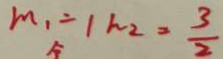
m _ { 1 } = 1 h _ { 2 } = \frac { 3 } { 2 }